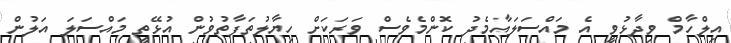
އިލްހާމް ވިދާޅުވީ އެ މައްސަލައާމެދު ކޮންމެވެސް ވަރަކަށް ހިޔާލުތަފާތުވުން އުޅޭތީ މައްސަލަ އަލުން